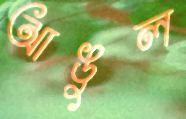
আঙুল